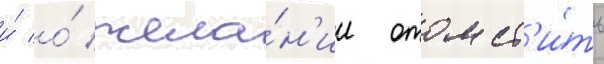
и́ о́ жела́н'ии отомст'и́ть